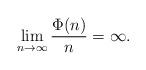
LaTeX: \begin{align*}\lim_{n\to \infty} {\Phi(n) \over n}=\infty.\end{align*}